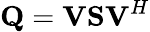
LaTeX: \mathbf{Q}=\mathbf{VSV}^{H}